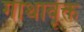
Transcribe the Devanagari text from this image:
गाथावृक्त